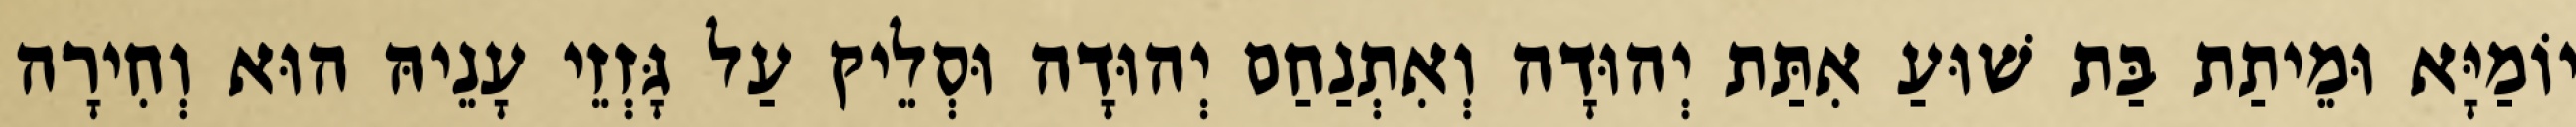
יוֹמַיָּא וּמֵיתַת בַּת שׁוּעַ אִתַּת יְהוּדָה וְאִתְנַחַם יְהוּדָה וּסְלֵיק עַל גָּזְזֵי עָנֵיהּ הוּא וְחִירָה